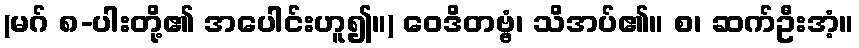
(မဂ် ၈-ပါးတို့၏ အပေါင်းဟူ၍။) ဝေဒိတဗ္ဗံ၊ သိအပ်၏။ စ၊ ဆက်ဦးအံ့။